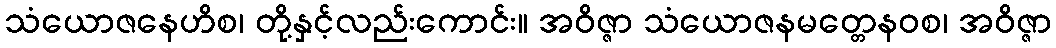
သံယောဇနေဟိစ၊ တို့နှင့်လည်းကောင်း။ အဝိဇ္ဇာ သံယောဇနမတ္တေနဝစ၊ အဝိဇ္ဇာ